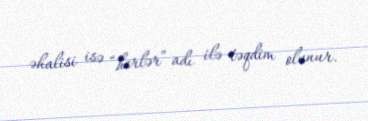
əhalisi isə “herlər” adı ilə təqdim olunur.